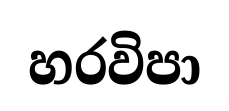
හරවිපා